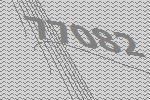
77082